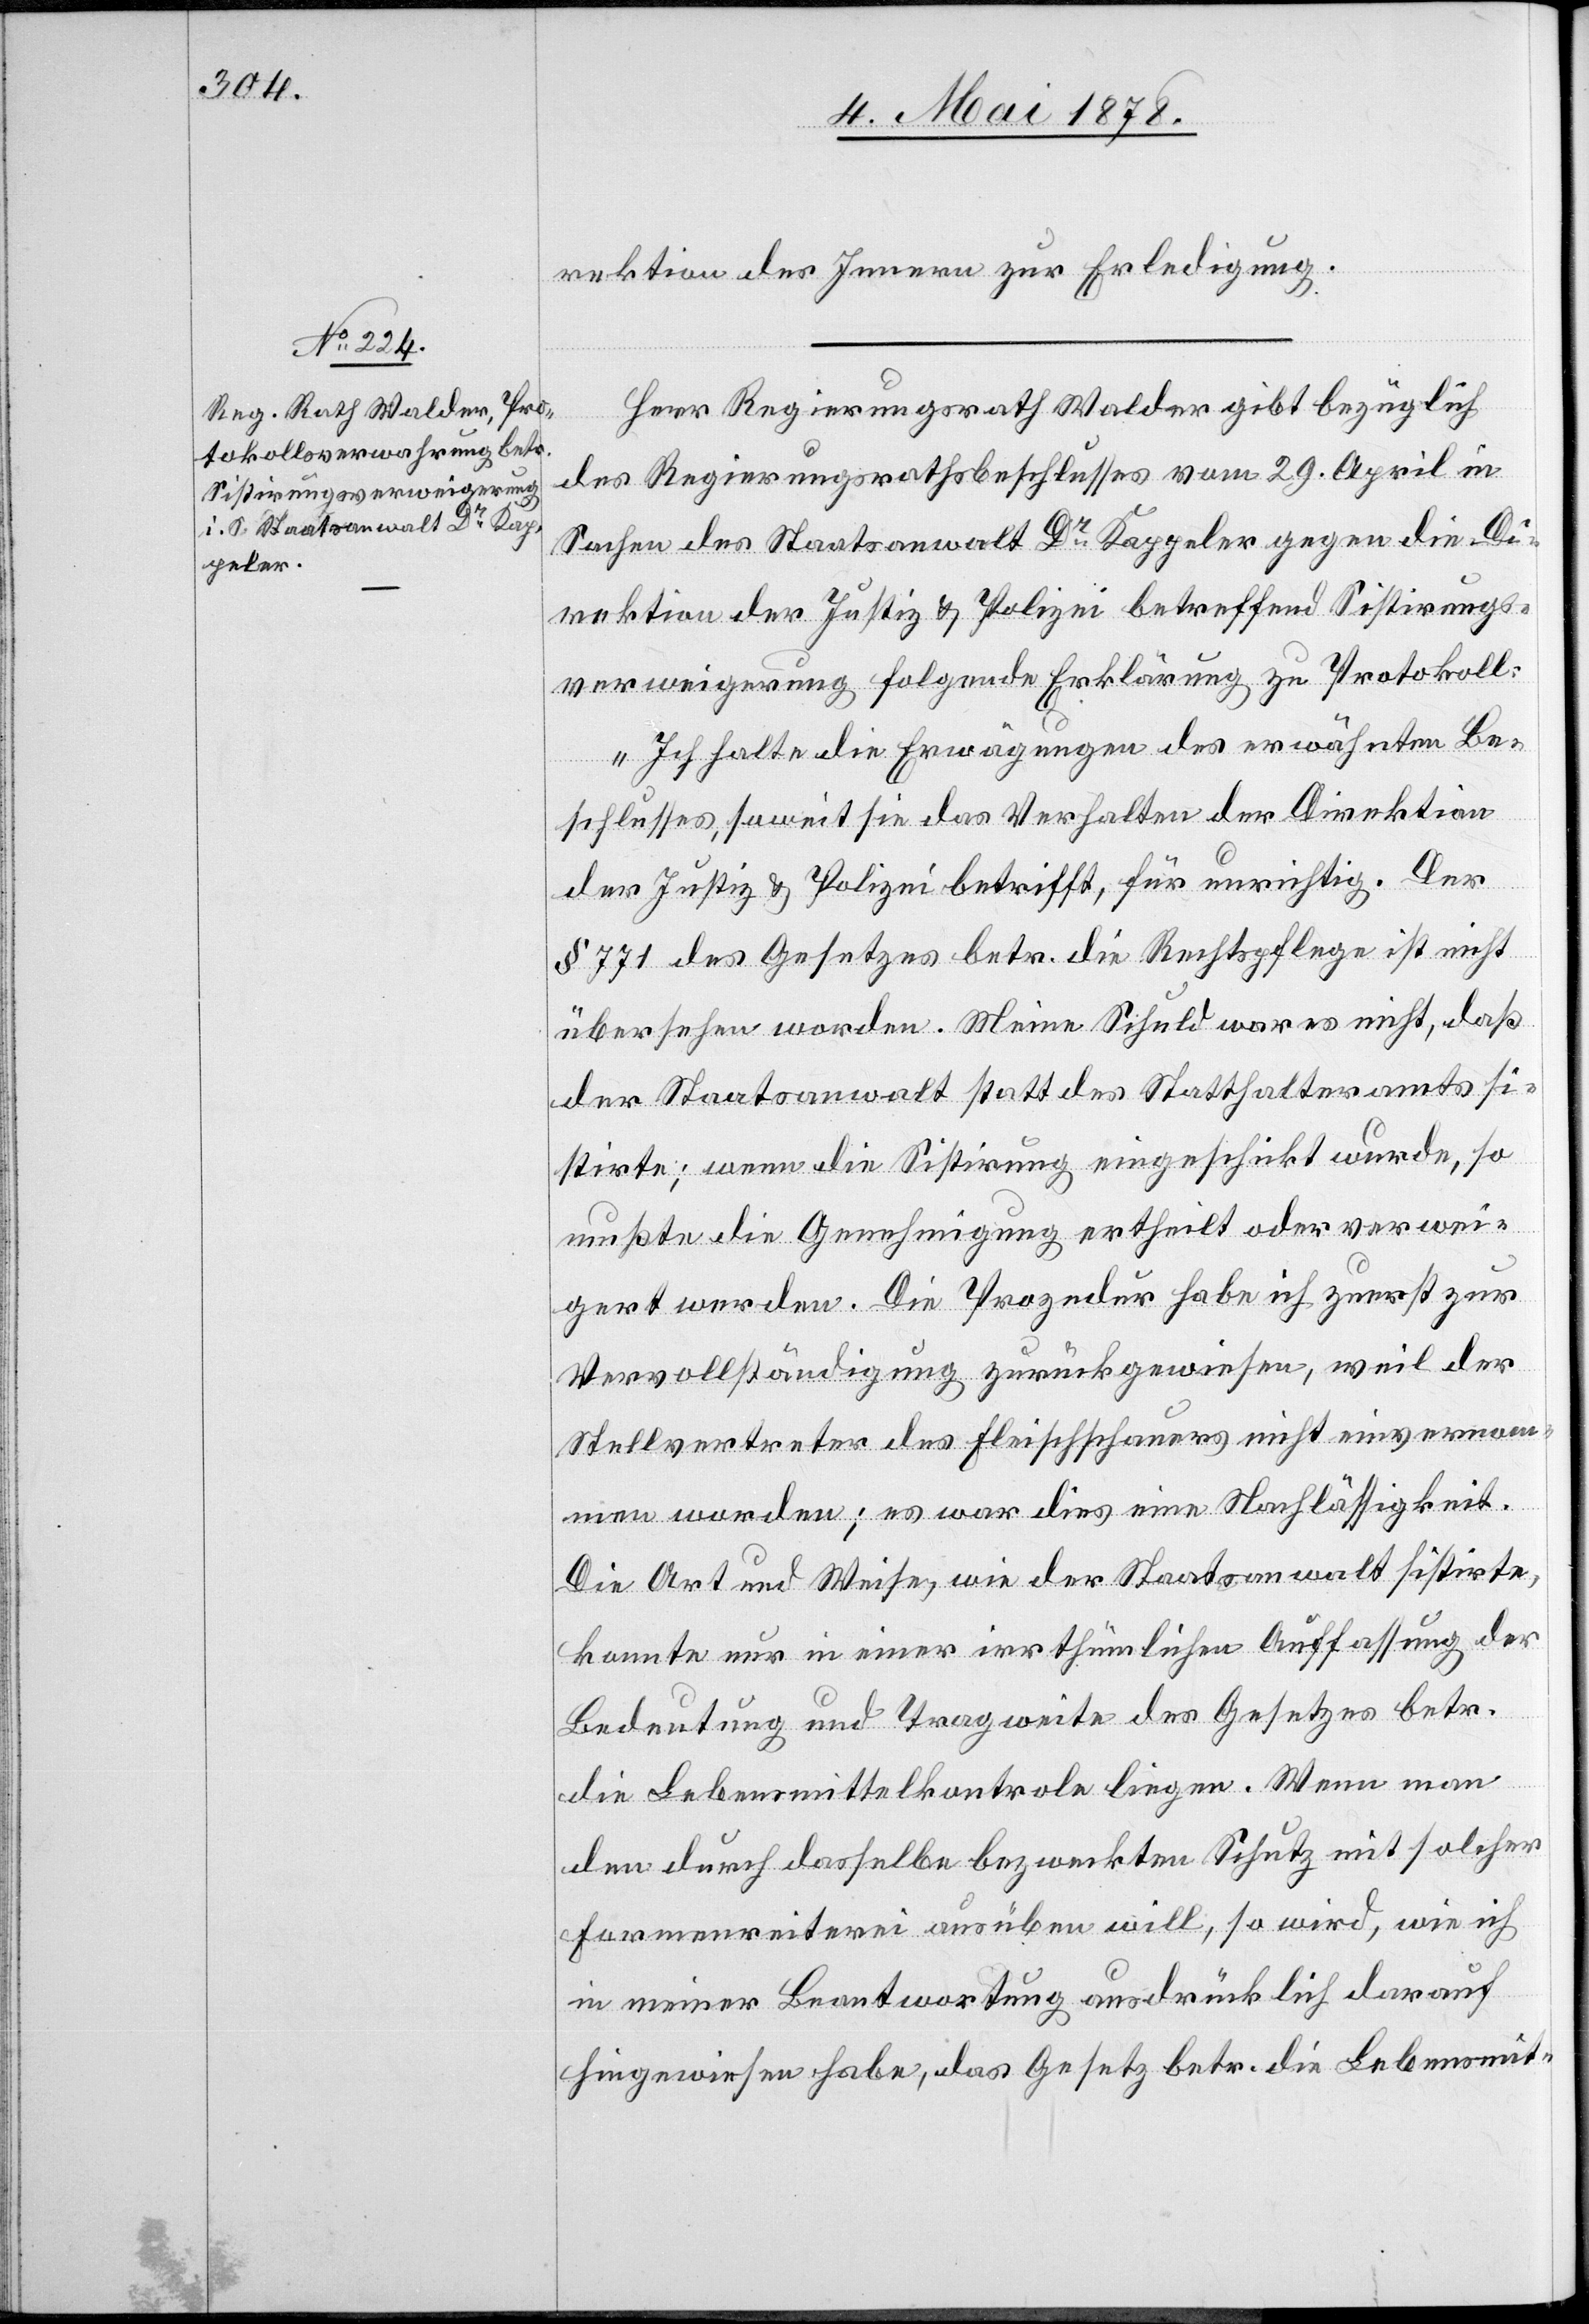
rektion des Innern zur Erledigung.
Herr Regierungsrath Walder gibt bezüglich
des Regierungsrathsbeschlusses vom 29. April in
Sachen des Staatsanwalt Dr Kappeler gegen die Di¬
rektion der Justiz & Polizei betreffend Sistirungs¬
verweigerung folgende Erklärung zu Protokoll:
„Ich halte die Erwägungen des erwähnten Be¬
schlusses, soweit sie das Verhalten der Direktion
der Justiz & Polizei betrifft, für unrichtig. Der
§ 771 des Gesetzes betr. die Rechtspflege ist nicht
übersehen worden. Meine Schuld war es nicht, daß
der Staatsanwalt statt des Statthalteramts si¬
stirte; wenn die Sistirung eingeschickt wurde, so
mußte die Genehmigung ertheilt oder verwei¬
gert werden. Die Prozedur habe ich zuerst zur
Vervollständigung zurückgewiesen, weil der
Stellvertreter des Fleischschauers nicht einvernom¬
men worden; es war dies eine Nachlässigkeit.
Die Art und Weise, wie der Staatsanwalt sistirte,
konnte nur in einer irrthümlichen Auffassung der
Bedeutung und Tragweite des Gesetzes betr.
die Lebensmittelkontrole liegen. Wenn man
den durch dasselbe bezweckte Schutz mit solcher
Formenreiterei ausüben will, so wird, wie ich
in meiner Beantwortung ausdrücklich darauf
hingewiesen habe, das Gesetz betr. die Lebensmit-